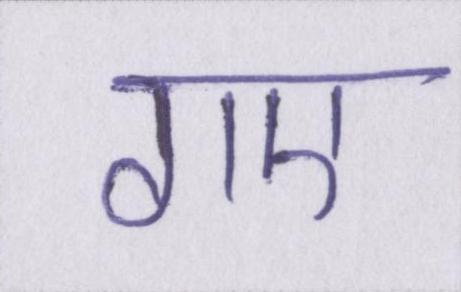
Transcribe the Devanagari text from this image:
गए